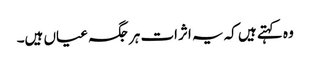
وہ کہتے ہیں کہ یہ اثرات ہر جگہ عیاں ہیں۔